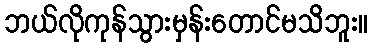
ဘယ်လိုကုန်သွားမှန်းတောင်မသိဘူး။